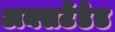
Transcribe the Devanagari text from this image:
अक्सटेंडेड